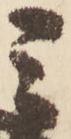
三